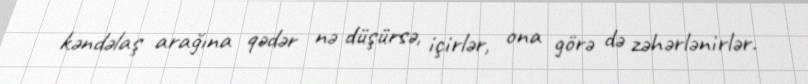
kəndəlaş arağına qədər nə düşürsə, içirlər, ona görə də zəhərlənirlər.